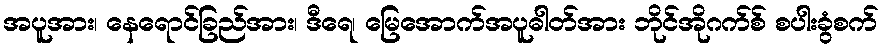
အပူအား၊ နေရောင်ခြည်အား၊ ဒီရေ၊ မြေအောက်အပူဓါတ်အား ဘိုင်အိုဂက်စ် စပါးခွံစက်